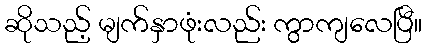
ဆိုသည့် မျက်နှာဖုံးလည်း ကွာကျလေပြီ။